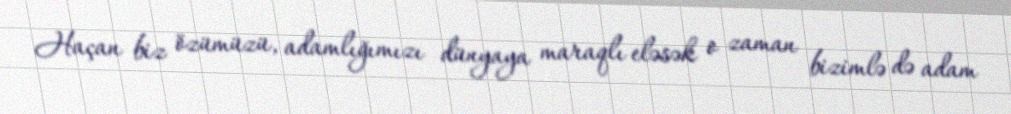
Haçan biz özümüzü, adamlığımızı dünyaya maraqlı eləsək o zaman bizimlə də adam